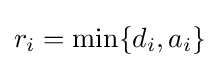
r_{i}=\min\{d_{i},a_{i}\}